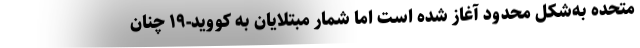
متحده به‌شکل محدود آغاز شده است اما شمار مبتلایان به کووید-۱۹ چنان